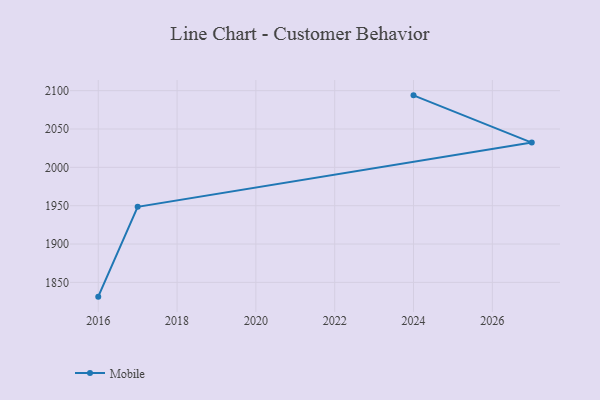
{"axis": {"x": "Year", "y": "Humidity (%)"}, "legend": ["Mobile"], "data": [{"x": "2016", "y": 1831.4, "type": "Mobile"}, {"x": "2017", "y": 1948.5, "type": "Mobile"}, {"x": "2027", "y": 2032.3, "type": "Mobile"}, {"x": "2024", "y": 2093.9, "type": "Mobile"}]}